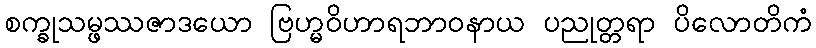
စက္ခုသမ္ဖဿဇာဒယော ဗြဟ္မဝိဟာရဘာဝနာယ ပညုတ္တရာ ပိလောတိကံ